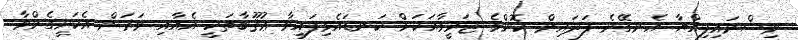
ވިސްނައިފިއްޔާ އެނގޭނެ ފަދައިން ކޮންމެ ޖަރީމާއަކަށް ކަނޑައެޅިފައިވާ ޢުޤޫބާތަކީ އެއާއި ވަރަށް އެކަށީގެންވާ